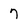
Character: 7